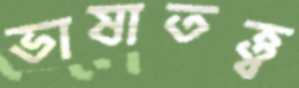
ভাষাতত্ত্ব